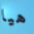
هيا